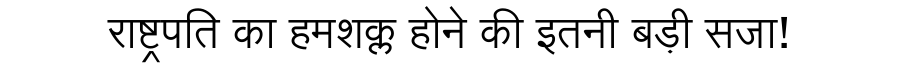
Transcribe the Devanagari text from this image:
राष्ट्रपति का हमशक्ल होने की इतनी बड़ी सजा!